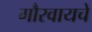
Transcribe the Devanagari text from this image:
गौरवायचे